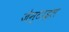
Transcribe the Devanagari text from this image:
जेन्टाइल